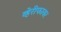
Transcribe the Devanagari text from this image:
व्हेरीफायर